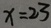
x = 2 3